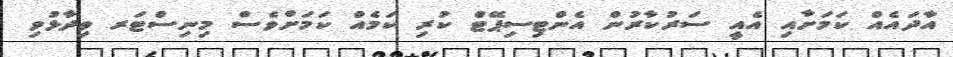
އާދައެއް ކަމަށާއި އެއީ ސަރުކާރުން އެންޓިސިޕޭޓް ކުރި ކަމެއް ކަމަށްވެސް މިނިސްޓަރ ވިދާޅުވި